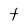
Character: t